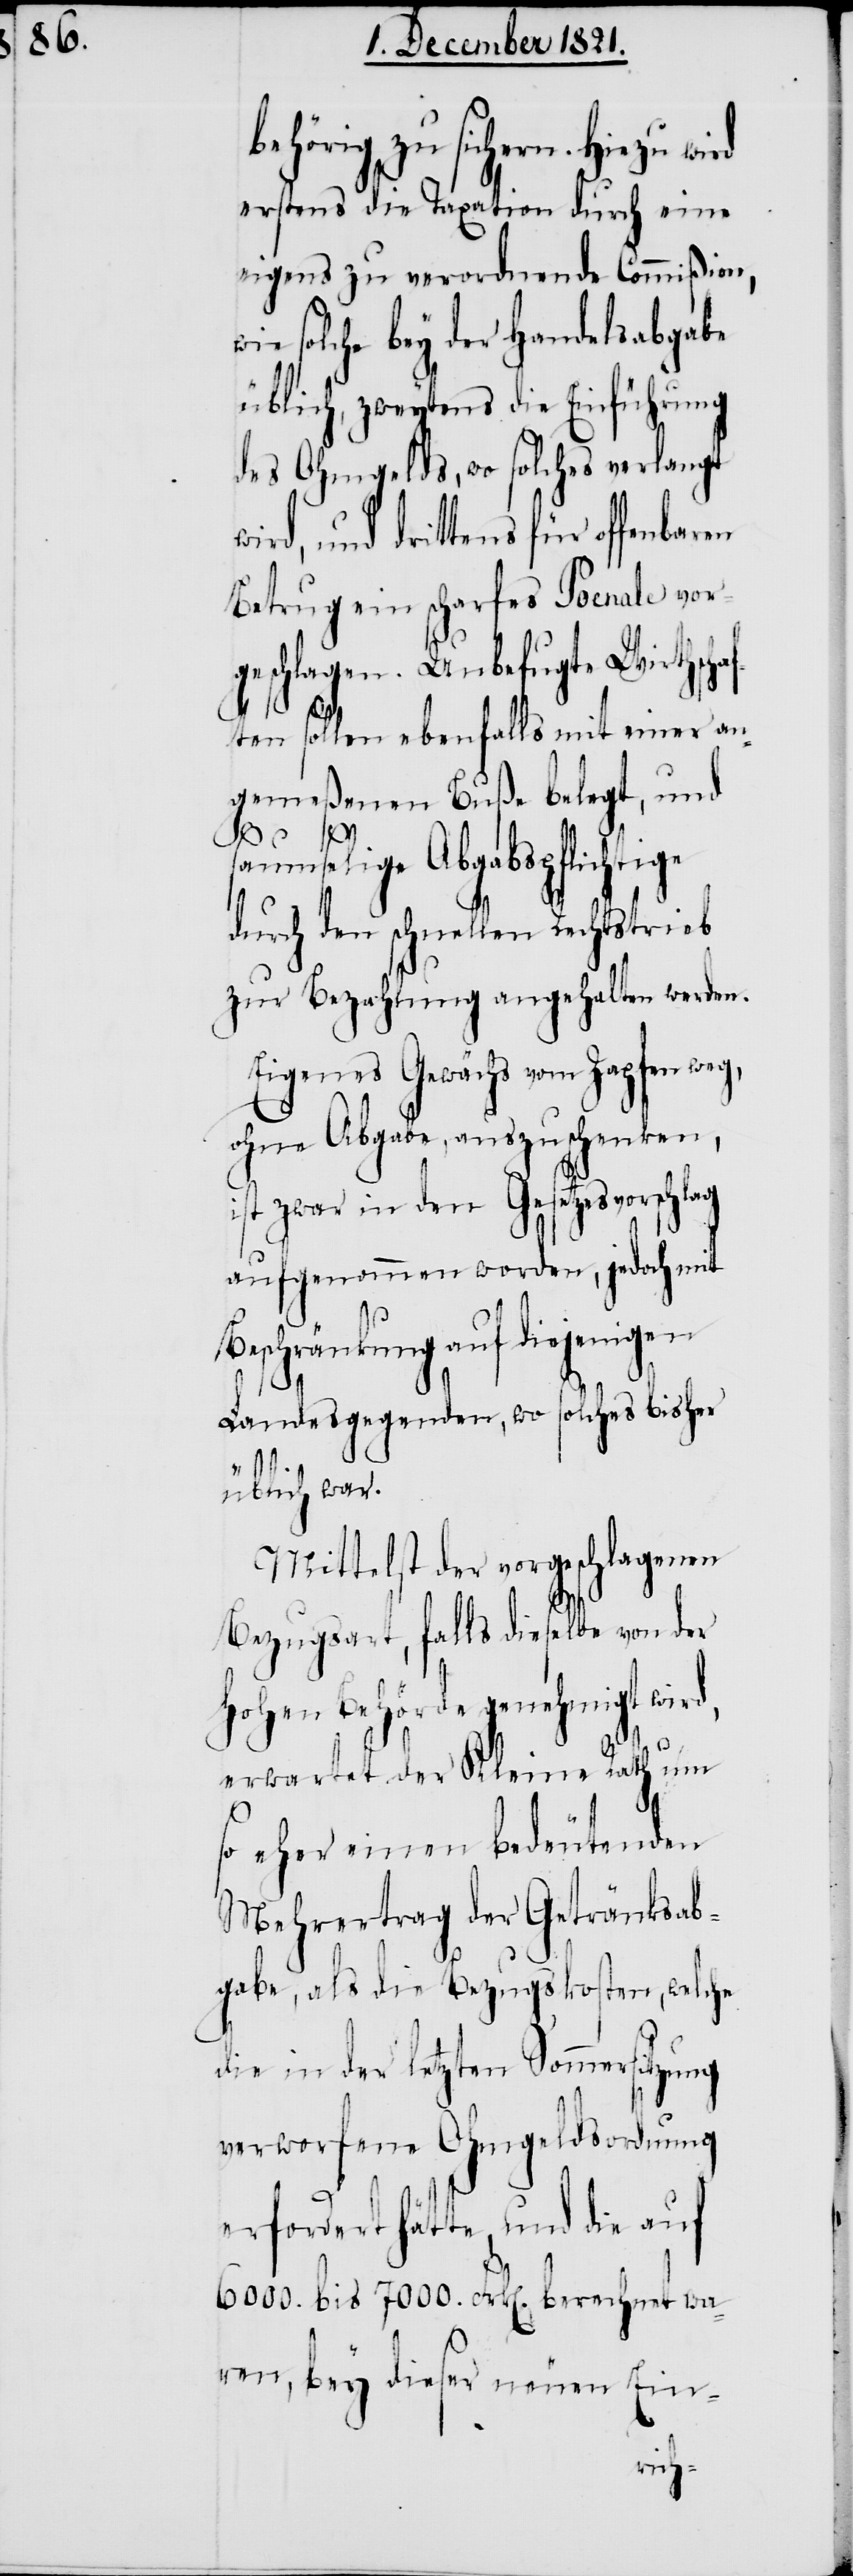
behörig zu sichern. Hiezu
erstens die Taxation durch eine
eigens zu verordnende Commißion,
solche bey der Handelsabgabe
üblich, zweytens die Einführung
des Ohmgelds, wo solches verlangt
und drittens für offenbaren
Betrug ein scharfes Poenale vor¬
geschlagen. Unbefugte Wirthsch¬
ften sollen ebenfalls mit einer an¬
gemeßenen Buße belegt, und
saumselige Abgabspflichtige
durch den schnellen Rechtstrieb
zur Bezahlung angehalten werden.
Eigenes Gewächs vom Zapfen we¬
ohne Abgabe, auszuschenken,
ist zwar in den Gesetzesvorschlag
aufgenommen worden, jedoch mit
Beschränkung auf diejenigen
d,
Landesgegenden, wo solches bisher
üblich war.
Mittelst der vorgeschlagenen
Bezugsart, falls dieselbe von der
Hohen Behörde genehmigt wir¬
erwartet der Kleine Rath um
so eher einen bedeutenden
Mehrertrag der Getränksab¬
gabe, als die Bezugskosten, welche
die in der letzten Sommersitzung
verworfene Ohmgeldsordnung
erfordert hätte, und die auf
6000. bis 7000. Frk[en]. berechnet wa¬
ren, bey dieser neuen Ein-